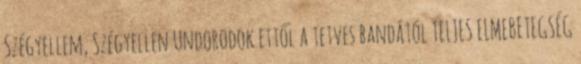
Szégyellem, Szégyellen Undorodok ettől a tetves bandától TELJES ELMEBETEGSÉG